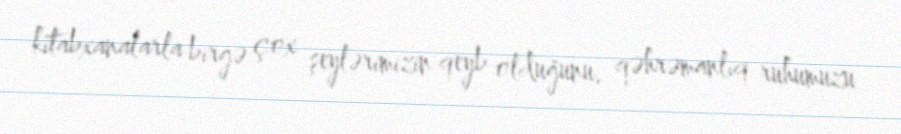
kitabxanalarla birgə çox şeylərimizin qeyb olduğunu, qəhrəmanlıq ruhumuzu